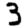
Digit: 3